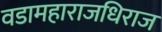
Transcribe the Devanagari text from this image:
वडामहाराजधिराज